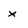
Character: x